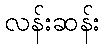
လန်းဆန်း